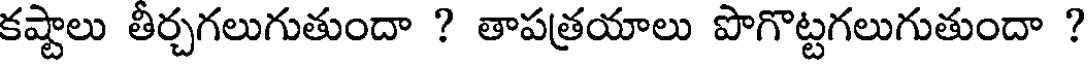
కష్టాలు తీర్చగలుగుతుందా ? తాపత్రయాలు పొగొట్టగలుగుతుందా ?